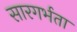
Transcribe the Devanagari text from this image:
सारगर्भता